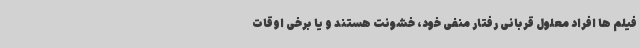
فیلم ها افراد معلول قربانی رفتار منفی خود، خشونت هستند و یا برخی اوقات